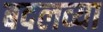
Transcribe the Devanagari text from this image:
बदलव्या